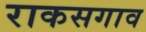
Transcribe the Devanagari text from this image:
राकसगाव